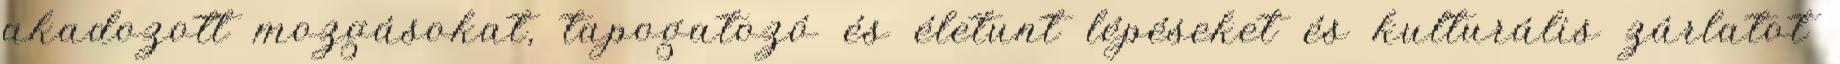
akadozott mozgásokat, tapogatozó és életunt lépéseket és kulturális zárlatot